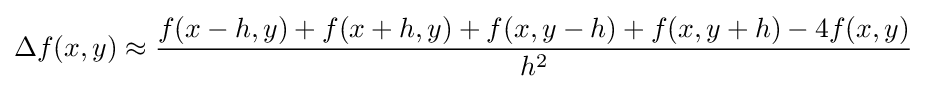
\Delta f(x,y)\approx {\frac {f(x-h,y)+f(x+h,y)+f(x,y-h)+f(x,y+h)-4f(x,y)}{h^{2}}}